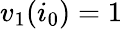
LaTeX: v_{1}(i_{0})=1